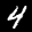
Label: 4